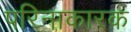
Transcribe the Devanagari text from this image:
परिनाकारक